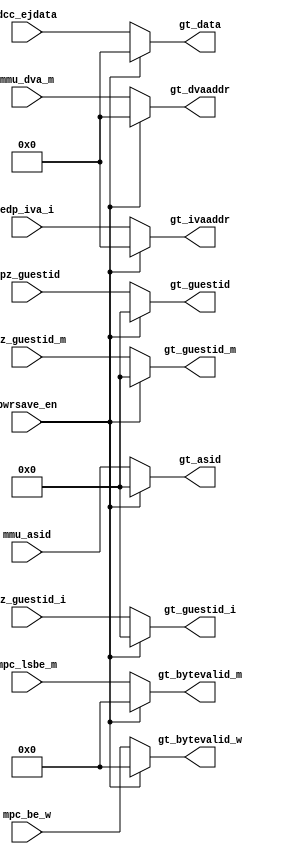
module m14k_ejt_gate(
	edp_iva_i,
	mmu_dva_m,
	mmu_asid,
	cpz_guestid,
	cpz_guestid_i,
	cpz_guestid_m,
	dcc_ejdata,
	mpc_lsbe_m,
	mpc_be_w,
	pwrsave_en,
	gt_ivaaddr,
	gt_dvaaddr,
	gt_asid,
	gt_guestid,
	gt_guestid_i,
	gt_guestid_m,
	gt_data,
	gt_bytevalid_m,
	gt_bytevalid_w);


/* Inputs */

	input	[31:0]	edp_iva_i;	// Virtual addr of inst
	input 	[31:0]	mmu_dva_m;	// Virtual addr of load/store

	input	[7:0]	mmu_asid;	// Current mmu_asid
	input	[7:0]	cpz_guestid;	// Current guestid
	input	[7:0]	cpz_guestid_i;	// Current guestid
	input	[7:0]	cpz_guestid_m;	// Current guestid
	input	[31:0]	dcc_ejdata;	// Muxed store+load data bus
	input	[3:0]	mpc_lsbe_m;	// Bytes valid for L/S in M stage
	input	[3:0]	mpc_be_w;	// Bytes valid for load in W stage
	input		pwrsave_en;	// When 1 low pwr is enabled

/* Outputs */

	output	[31:0]	gt_ivaaddr;	// Virtual addr of inst
	output 	[31:0]	gt_dvaaddr;	// Virtual addr of load/store

	output	[7:0]	gt_asid;	// Current mmu_asid
	output	[7:0]	gt_guestid;	// Current guestid
	output	[7:0]	gt_guestid_i;	// Current guestid
	output	[7:0]	gt_guestid_m;	// Current guestid
	output	[31:0]	gt_data;	// Muxed store+load data bus
	output	[3:0]	gt_bytevalid_m;	// Bytes valid for L/S in M stage
	output	[3:0]	gt_bytevalid_w;	// Bytes valid for load in W stage

// BEGIN Wire declarations made by MVP
wire [3:0] /*[3:0]*/ gt_bytevalid_m;
wire [31:0] /*[31:0]*/ gt_ivaaddr;
wire [31:0] /*[31:0]*/ gt_data;
wire [7:0] /*[7:0]*/ gt_asid;
wire [7:0] /*[7:0]*/ gt_guestid;
wire [3:0] /*[3:0]*/ gt_bytevalid_w;
wire [7:0] /*[7:0]*/ gt_guestid_m;
wire [7:0] /*[7:0]*/ gt_guestid_i;
wire [31:0] /*[31:0]*/ gt_dvaaddr;
// END Wire declarations made by MVP


/* Code */

	assign gt_ivaaddr 	[31:0]	= pwrsave_en ? 32'b0 : edp_iva_i;
	assign gt_dvaaddr	[31:0]	= pwrsave_en ? 32'b0 : mmu_dva_m;
	
	assign gt_asid		[7:0]	= pwrsave_en ? 8'b0  : mmu_asid;
	assign gt_guestid	[7:0]	= pwrsave_en ? 8'b0  : cpz_guestid;
	assign gt_guestid_m	[7:0]	= pwrsave_en ? 8'b0  : cpz_guestid_m;
	assign gt_guestid_i	[7:0]	= pwrsave_en ? 8'b0  : cpz_guestid_i;

	assign gt_data		[31:0]	= pwrsave_en ? 32'b0 : dcc_ejdata;
	assign gt_bytevalid_m	[3:0]	= pwrsave_en ? 4'b0  : mpc_lsbe_m;
	assign gt_bytevalid_w	[3:0]	= pwrsave_en ? 4'b0  : mpc_be_w;

endmodule